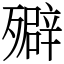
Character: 㱸